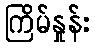
ကြိမ်နှုန်း